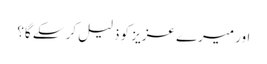
اور میرے عزیز کو ذلیل کر سکے گا؟